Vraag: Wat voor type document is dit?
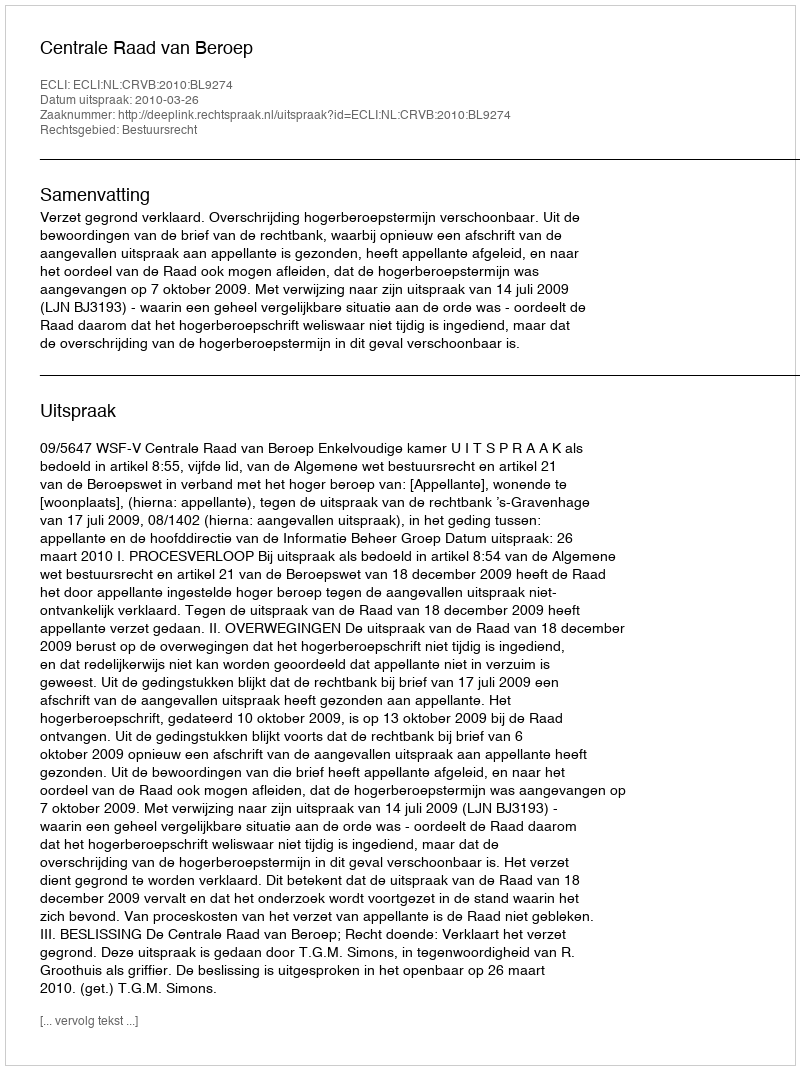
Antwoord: Uitspraak